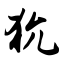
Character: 狁